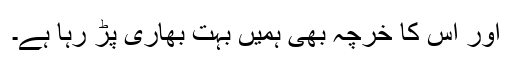
اور اس کا خرچہ بھی ہمیں بہت بھاری پڑ رہا ہے۔